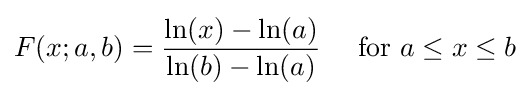
F(x;a,b)={\frac {\ln(x)-\ln(a)}{\ln(b)-\ln(a)}}\quad {\text{ for }}a\leq x\leq b